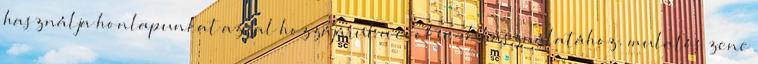
használja honlapunkat azzal hozzájárul a cookie-k használatához. mulatós zene